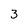
Character: 3